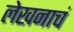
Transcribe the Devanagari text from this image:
लेखनाचं